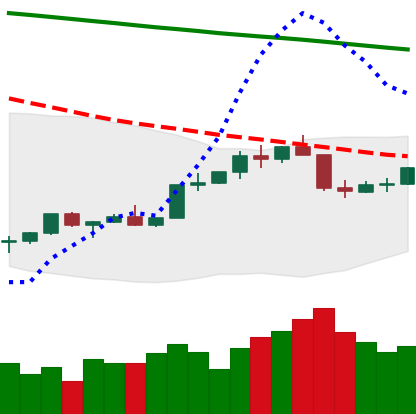
Ticker: TRX-USD
Chart end date: 2022-02-15
Forward return: -7.152%
Label: down_7plus